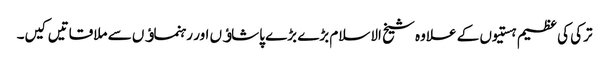
ترکی کی عظیم ہستیوں کے علاوہ شیخ الاسلام بڑے بڑے پاشاﺅں اور رہنماﺅں سے ملاقاتیں کیں۔